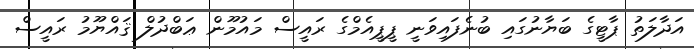
އަދާލަތު ޕާޓީގެ ބަޔާނުގައި ބުނެފައިވަނީ ޕީޕީއެމްގެ ރައީސް މައުމޫން ޢަބްދުލް ޤައްޔޫމު ރައީސް